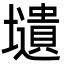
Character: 壝